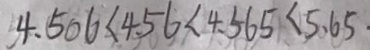
4 . 5 0 6 < 4 . 5 6 < 4 . 5 6 5 < 5 . 6 5 .